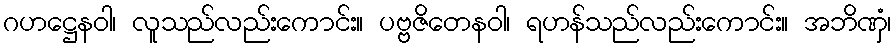
ဂဟဋ္ဌေနဝါ၊ လူသည်လည်းကောင်း။ ပဗ္ဗဇိတေနဝါ၊ ရဟန်သည်လည်းကောင်း။ အဘိဏှံ၊